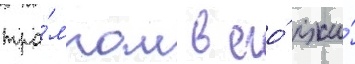
тра́мпом в его́ лжи́